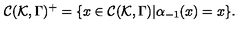
{ \cal C } ( { \cal K } , \Gamma ) ^ { + } = \{ x \in { \cal C } ( { \cal K } , \Gamma ) | \alpha _ { - 1 } ( x ) = x \} .